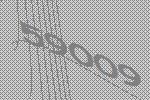
59009